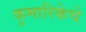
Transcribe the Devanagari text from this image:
कुमारिकेचे